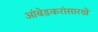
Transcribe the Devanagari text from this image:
आंबेडकरांसारखे